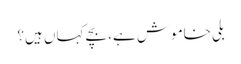
بلی خاموش ہے، بچے کہاں ہیں؟